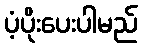
ပံ့ပိုးပေးပါမည်